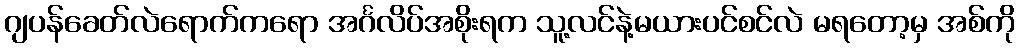
ဂျပန်ခေတ်လဲရောက်ကရော အင်္ဂလိပ်အစိုးရက သူ့လင်နဲ့မယားပင်စင်လဲ မရတော့မှ အစ်ကို